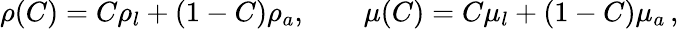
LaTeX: \rho(C)=C\rho_{l}+(1-C)\rho_{a},\quad\quad\mu(C)=C\mu_{l}+(1-C)\mu_{a}\, ,